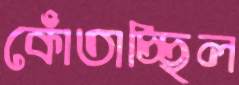
কোঁতাচ্ছিল